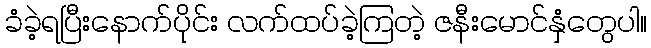
ခံခဲ့ရပြီးနောက်ပိုင်း လက်ထပ်ခဲ့ကြတဲ့ ဇနီးမောင်နှံတွေပါ။